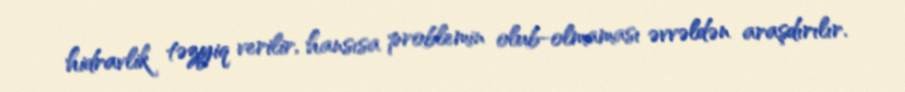
hidravlik təzyiq verilir, hansısa problemin olub-olmaması əvvəldən araşdırılır.